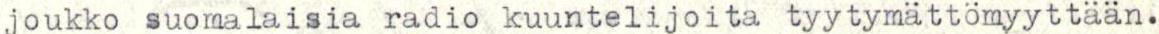
joukko suomalaisia radio kuuntelijoita tyytymättömyyttään.